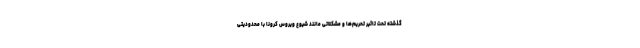
گذشته تحت تاثیر تحریم‌ها و مشکلاتی مانند شیوع ویروس کرونا با محدودیتی